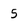
Character: 5